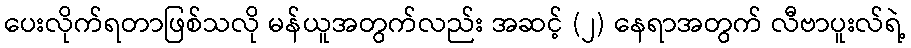
ပေးလိုက်ရတာဖြစ်သလို မန်ယူအတွက်လည်း အဆင့် (၂) နေရာအတွက် လီဗာပူးလ်ရဲ့